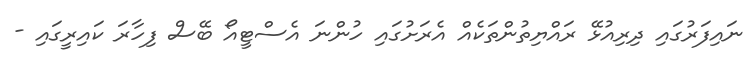
ނައިފަރުގައި ދިރިއުޅޭ ރައްޔިތުންތަކެއް އެރަށުގައި ހުންނަ އެސްޓީއޯ ބޭސް ފިހާރަ ކައިރީގައި -